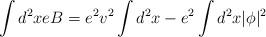
LaTeX: \begin{align*}\int d^2 x eB= e^2v^2\int d^2 x -e^2 \int d^2x |\phi|^2\end{align*}